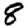
Digit: 8